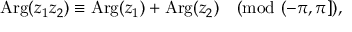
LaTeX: \operatorname { A r g } ( z _ { 1 } z _ { 2 } ) \equiv \operatorname { A r g } ( z _ { 1 } ) + \operatorname { A r g } ( z _ { 2 } ) { \pmod { ( - \pi , \pi ] } } ,